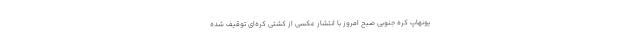
یونهاپ کره جنوبی صبح امروز با انتشار عکسی از کشتی کره‌ای توقیف شده